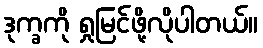
ဒုက္ခကို ရှုမြင်ဖို့လိုပါတယ်။